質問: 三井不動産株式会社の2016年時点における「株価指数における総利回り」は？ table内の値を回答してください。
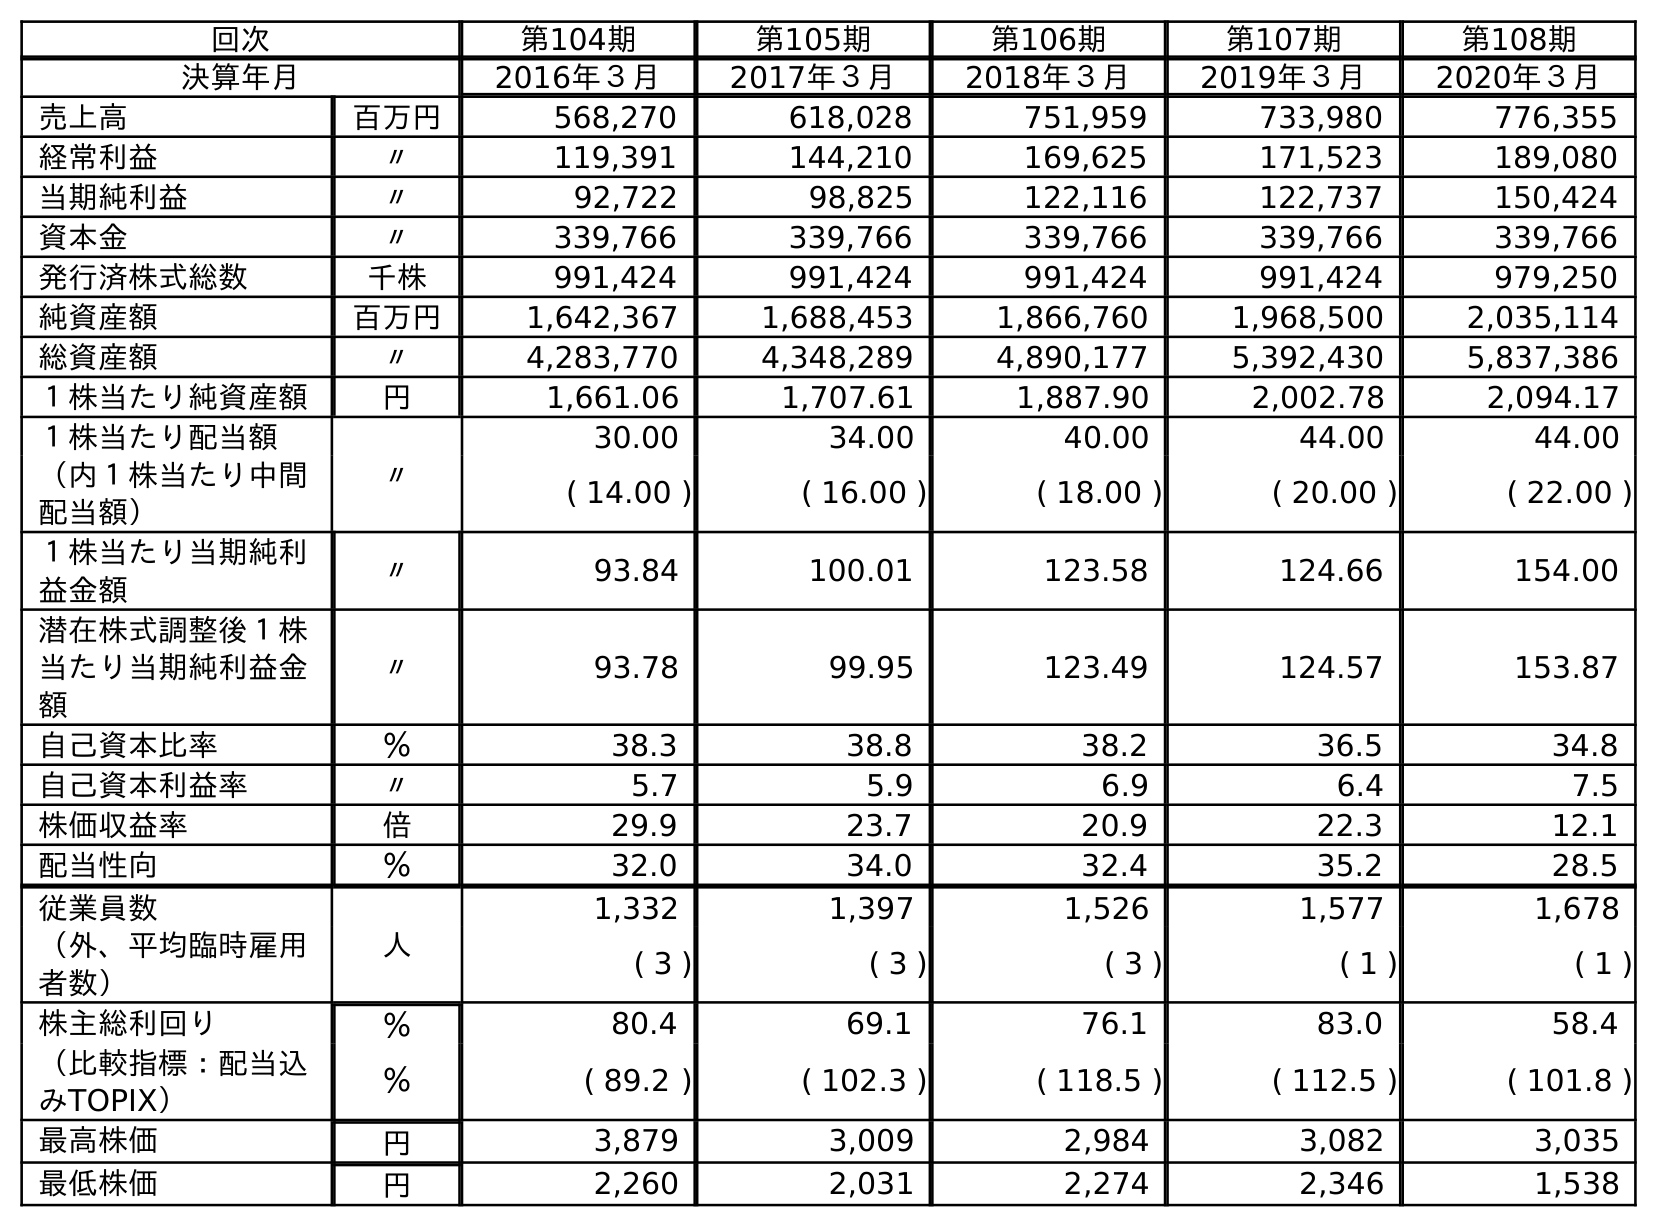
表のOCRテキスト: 回次 第104期 第105期 第106期 第107期 第108期 決算年月 2016年３月 2017年３月 2018年３月 2019年３月 2020年３月 売上高 百万円 568,270 618,028 751,959 733,980 776,355 経常利益 〃 119,391 144,210 169,625 171,523 189,080 当期純利益 〃 92,722 98,825 122,116 122,737 150,424 資本金 〃 339,766 339,766 339,766 339,766 339,766 発行済株式総数 千株 991,424 991,424 991,424 991,424 979,250 純資産額 百万円 1,642,367 1,688,453 1,866,760 1,968,500 2,035,114 総資産額 〃 4,283,770 4,348,289 4,890,177 5,392,430 5,837,386 １株当たり純資産額 円 1,661.06 1,707.61 1,887.90 2,002.78 2,094.17 １株当たり配当額 〃 30.00 34.00 40.00 44.00 44.00 （内１株当たり中間 配当額） ( 14.00 ) ( 16.00 ) ( 18.00 ) ( 20.00 ) ( 22.00 ) １株当たり当期純利 益金額 〃 93.84 100.01 123.58 124.66 154.00 潜在株式調整後１株 当たり当期純利益金 額 〃 93.78 99.95 123.49 124.57 153.87 自己資本比率 ％ 38.3 38.8 38.2 36.5 34.8 自己資本利益率 〃 5.7 5.9 6.9 6.4 7.5 株価収益率 倍 29.9 23.7 20.9 22.3 12.1 配当性向 ％ 32.0 34.0 32.4 35.2 28.5 従業員数 人 1,332 1,397 1,526 1,577 1,678 （外、平均臨時雇用 者数） ( 3 ) ( 3 ) ( 3 ) ( 1 ) ( 1 ) 株主総利回り ％ 80.4 69.1 76.1 83.0 58.4 （比較指標：配当込 みTOPIX） ％ ( 89.2 ) ( 102.3 ) ( 118.5 ) ( 112.5 ) ( 101.8 ) 最高株価 円 3,879 3,009 2,984 3,082 3,035 最低株価 円 2,260 2,031 2,274 2,346 1,538
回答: (89.2)